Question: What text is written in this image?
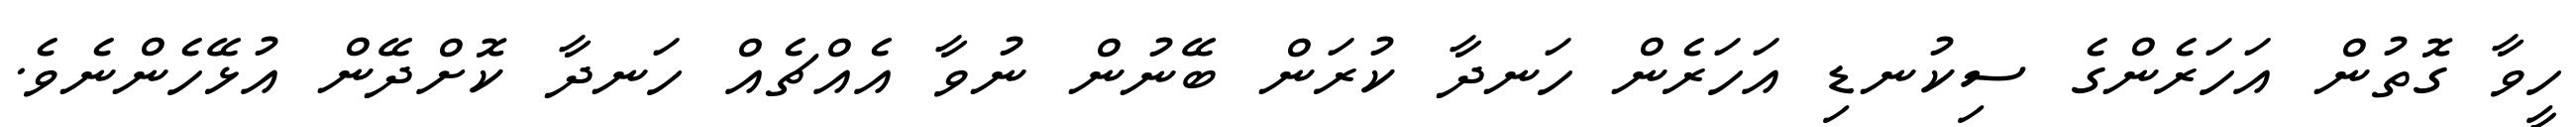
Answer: ހީވާ ގޮތުން އަހަރެންގެ ސިކުނޑި އަހަރެން ހަނދާ ކުރަން ބޭނުން ނުވާ އެއްޗެއް ހަނދާ ކޮށްދޭން އުޅޭހެންނެވެ.